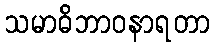
သမာဓိဘာဝနာရတာ